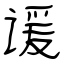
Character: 谖